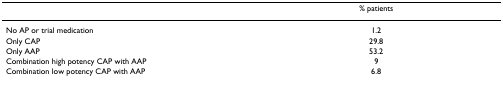
|  | % patients |
 | --- | --- |
 | No AP or trial medication | 1.2 |
 | Only CAP | 29.8 |
 | Only AAP | 53.2 |
 | Combination high potency CAP with AAP | 9 |
 | Combination low potency CAP with AAP | 6.8 |